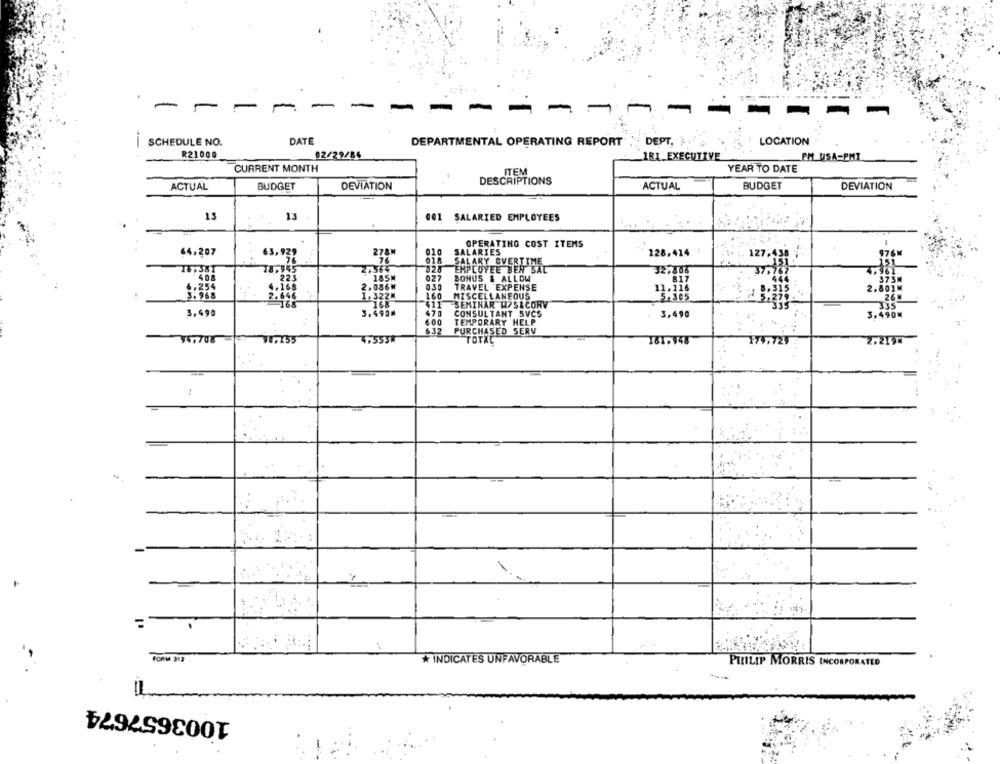
-
-
-
-
SCHEDULE NO.
DATE
DEPARTMENTAL OPERATING REPORT " DEPT.
LOCATION
R21000
02/29/84
1RI EXECUTIVE
PM USA-PMI
CURRENT MONTH
YEAR TO DATE
ITEM
DESCRIPTIONS
ACTUAL
BUDGET
DEVIATION
ACTUAL
BUDGET
DEVIATION
13
13
001 SALARIED EMPLOYEES
OPERATING COST ITEMS
64,207
63,92
278M
010
SALARIES
128,414
976M
76
SALARY OVERTIME
127;
16,581
27564
408
185M
027
EMPLOYEE DEN SAL
BONUS & ALLOW
6,254
2.086₩
030
TRAVEL EXPENSE
2.801M
3.968
1. 32ZM
160
MISCELLANEOUS
26 M
168
411
SEMINAR W75&CONV
335
3.490
3,490M
470
CONSULTANT SVCS
3,490
3.490₭
600
TEMPORARY HELP
PURCHASED SERV
632
347708
47553#
TOTAL
181.948
171.729
2.219
1
-
=
* INDICATES UNFAVORABLE
PHILIP MORRIS INCORPORATED
1003657674
-